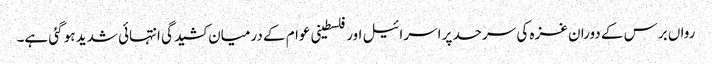
رواں برس کے دوران غزہ کی سرحد پر اسرائیل اور فلسطینی عوام کے درمیان کشیدگی انتہائی شدید ہو گئی ہے۔